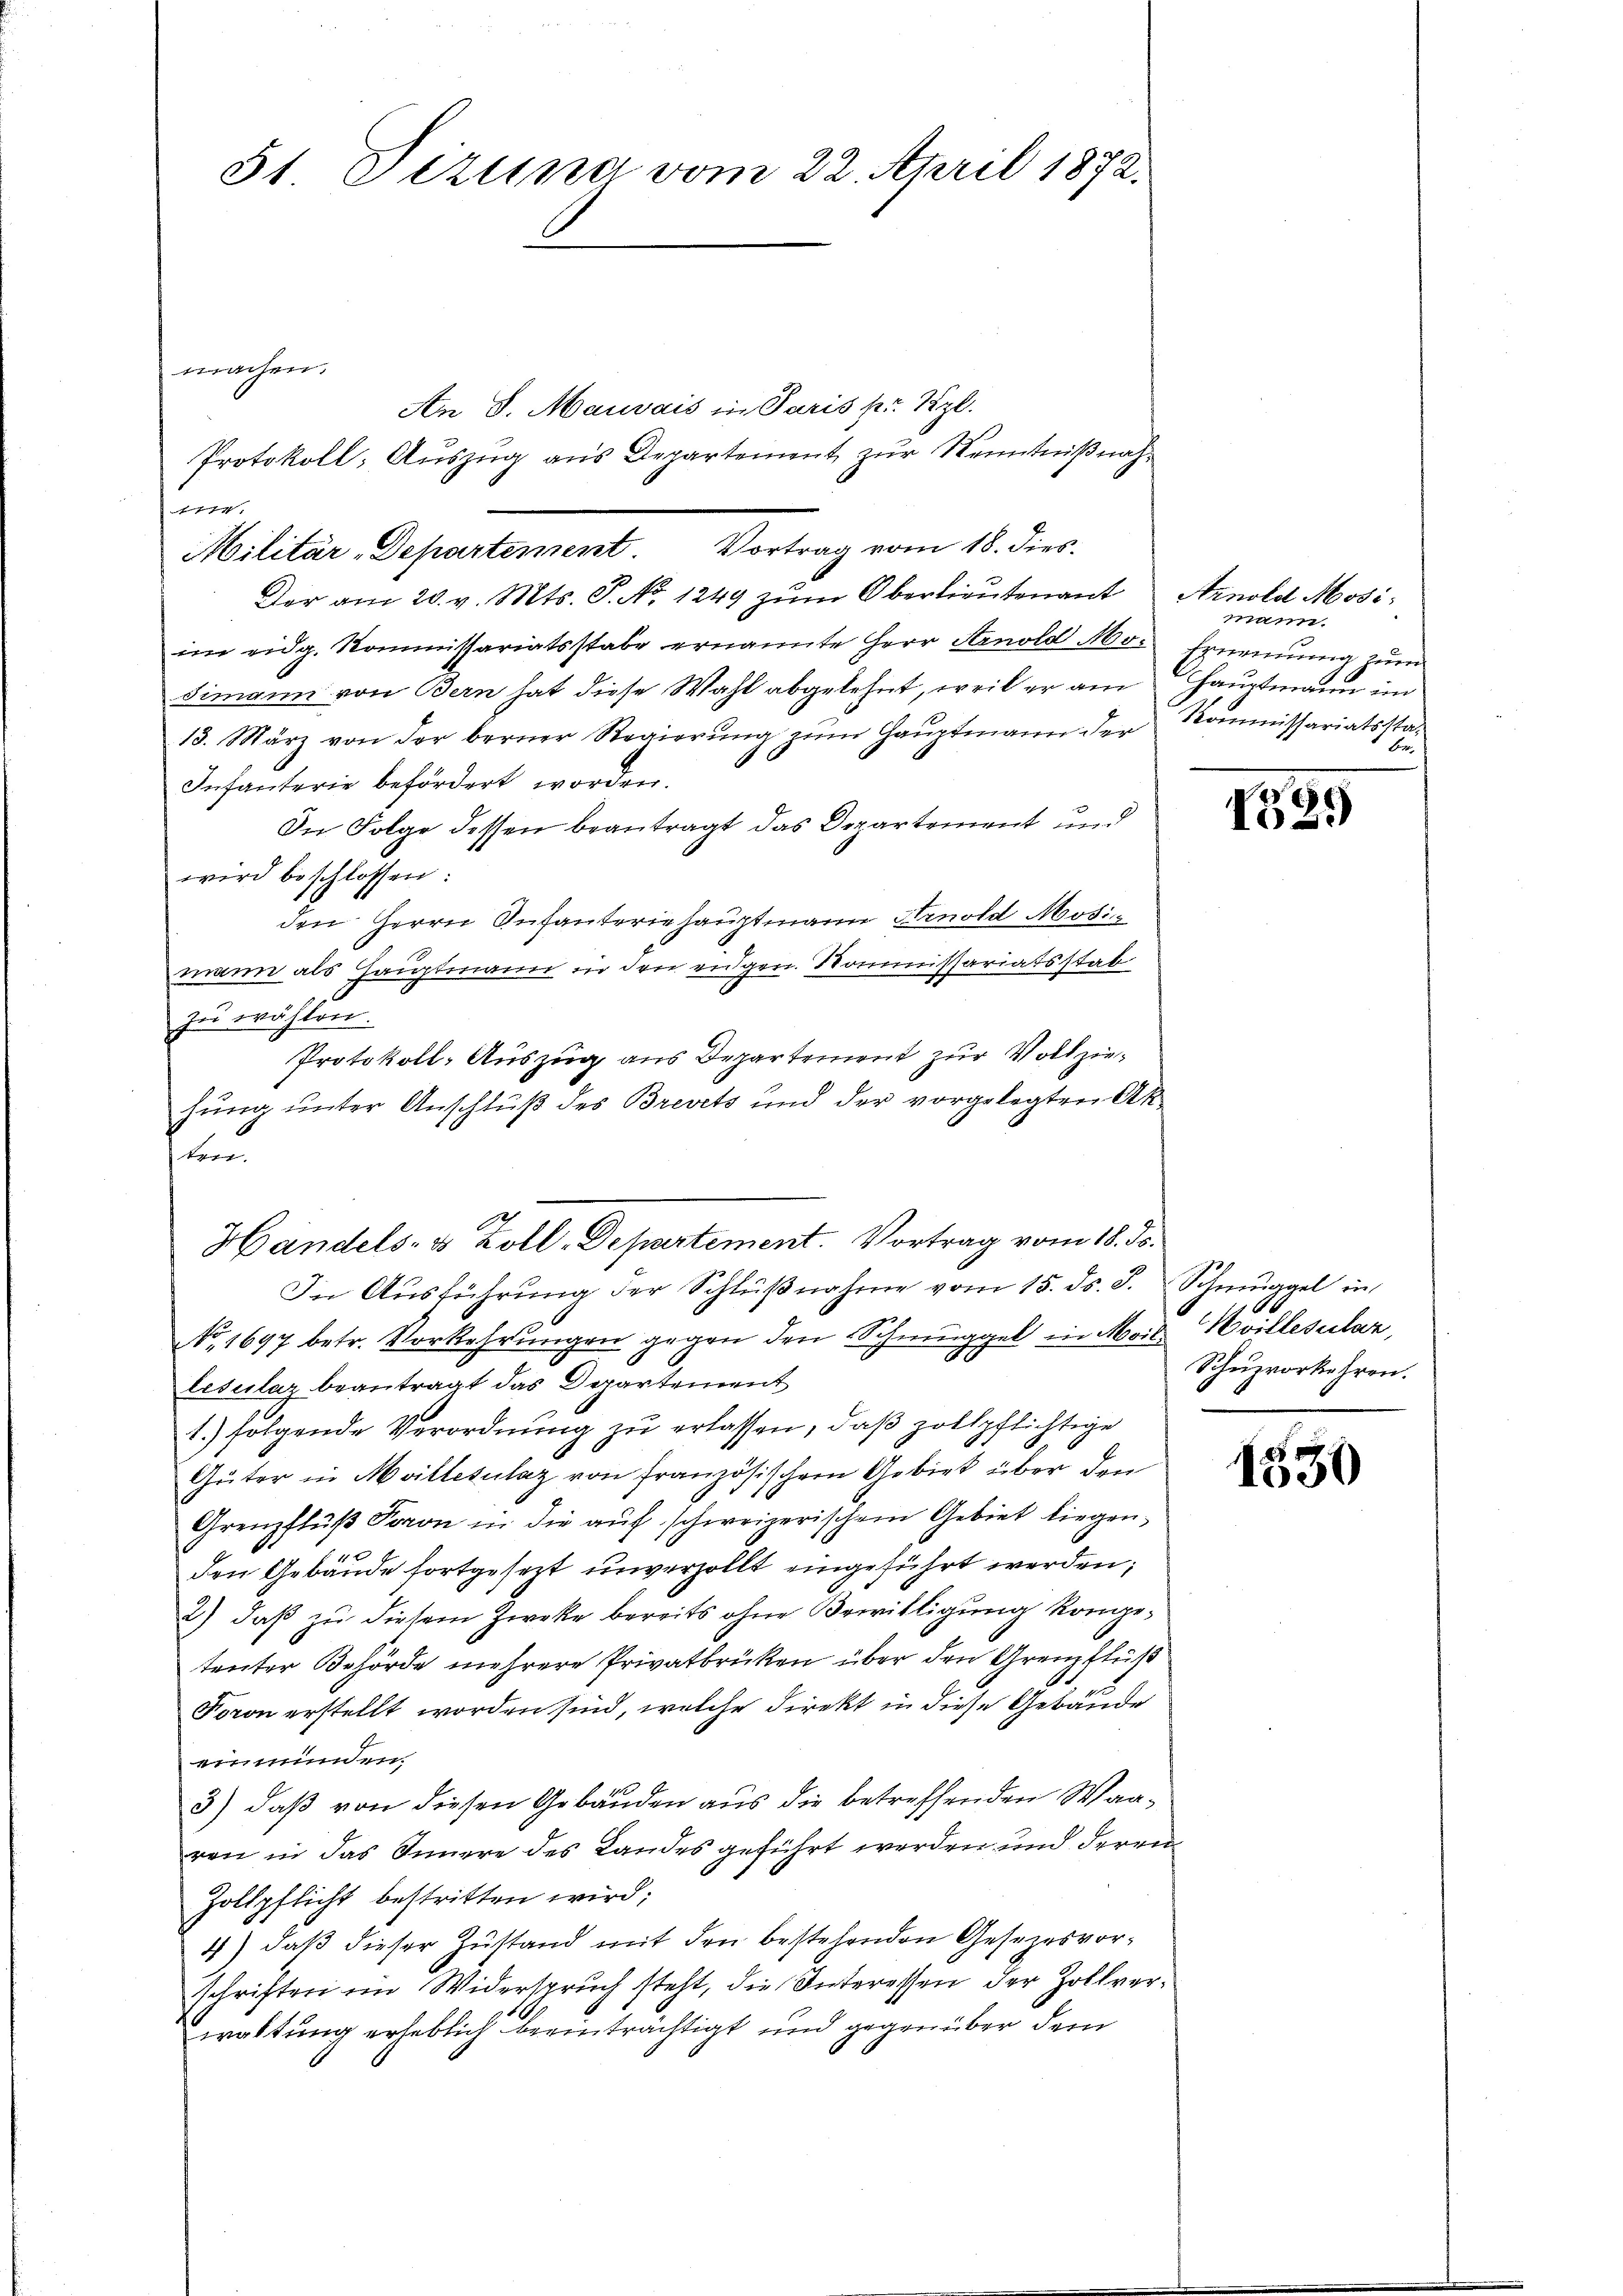
,

Militär-Departement. Vortrag vom 18. dies

51 Sizung vom 22. April 1872.
machen.
An 8. Mauvais in Paris per. Szl.
Protokoll, Auszug aus Departement zur Kenntnißnah¬

Der am 20. v. Mts. S. No. 1249 zŭm Oberlieŭtenant Arnold Mosi-
im eidg. Kommissariatsstabe ernannte Herr Arnold Mo-
dimann von Bern hat diese Wahl abgelehnt, weil er am
13. März von der berner Regierŭng zŭm Haŭptmann der Kommissariatssta-
Infanterie befördert worden.
In Folge dessen beantragt das Departement und
wird beschlossen:
den Herrn Anfanteriehauptmann Arnold Modi
mann als Hauptmann in den eidgen. Kommissariatsstat
zu wählen.
un
In Aŭsführŭng der Schlŭβnahme vom 15. ds. S. Schmuggel in
No 1697 betr. Vorkehrungen gegen den Schmuggel in Moil: villesilar,
lesclaz beantragt das Departement
1.) folgende Verordnung zu erlassen, daß zollpflichtige
Güter in Meillezulaz von französischem Gebirt über den
Grenzfluß Faron in die auf schweizerischem Gebiet liegenden Gebäude fortgesezt unverzollt eingeführt werden;
2) daß zu diesem Zwecke bereits ohne Bewilligung kompetenter Behörde mehrere Privatbrücken über den Grenzflüß
Foron erstellt worden sind, welche Direkt in diese Gebäude
einmünden.
3) daß von diesen Gebäuden aus die betreffenden Waaven in das Innere des Landes geführt werden und deren
Zollpflicht bestritten wird;
4) daβ dieser Zŭstand mit den bestehenden Gesezesvorschriften im Widerspruch steht, die Interessen der Zollverwaltung erheblich beeinträchtigt und gegen über dem

Protokoll-Auszug aus Departement zur Vollziehung unter Anschluß des Brevets und der vorgelegten Ak¬

Handels- & Zoll-Departement. Vortrag vom 18. ds.

mann.
Ernennung zum
Hauptmann im
s

129

6
Schuzvorkehren.

1530